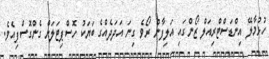
ހުޅުމާލޭ އިންޑަސްޓްރިއަލް ޒޯންގައި އަލިފާން ރޯވެ ގިނަ އަދަދެއްގެ ބަޔަކު ހޮސްޕިޓަލަށް ގެންގޮސްފިއެވެ.